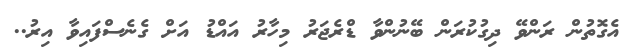
އެގޮތުން ރަންވޭ ދިގުކުރަން ބޭނުންވާ ޑްރެޖަރު މިހާރު އައްޑު އަށް ގެނެސްފައިވާ އިރު..